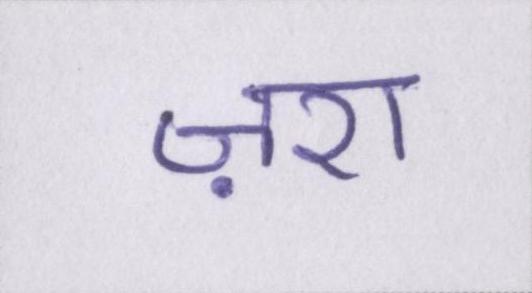
ज़रा